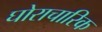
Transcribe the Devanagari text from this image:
घोराचारिक